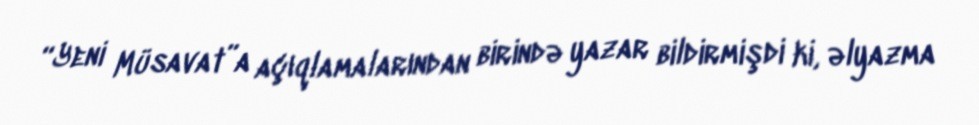
“Yeni Müsavat”a açıqlamalarından birində yazar bildirmişdi ki, əlyazma